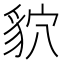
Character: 貁